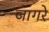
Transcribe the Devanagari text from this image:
जागरे